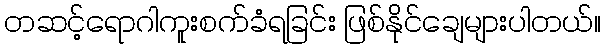
တဆင့်ရောဂါကူးစက်ခံရခြင်း ဖြစ်နိုင်ချေများပါတယ်။